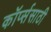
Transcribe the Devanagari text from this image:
कॉर्प्ससाठी